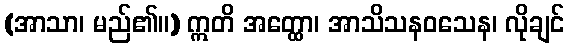
(အာသာ၊ မည်၏။) ဣတိ အတ္ထော၊ အာသိသနဝသေန၊ လိုချင်